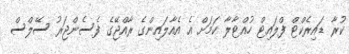
ކުރާ ޑައިރެކްޓް ފްލައިޓް ހުއްޓާލާ ކަމަށް އެ އެއާލައިންގެ ރާއްޖޭގެ ފެސެންޖަރު ސޭލްސް